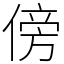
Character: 傍